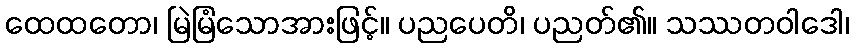
ထေထတော၊ မြဲမြံသောအားဖြင့်။ ပညပေတိ၊ ပညတ်၏။ သဿတဝါဒေါ၊